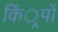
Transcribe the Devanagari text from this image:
किं्रपों